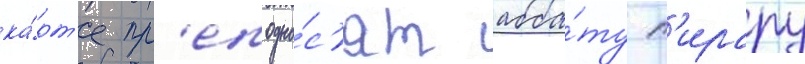
ка́рт'е пр'еподно́с'ят абба́ту п'ирару